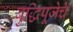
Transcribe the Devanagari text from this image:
बुद्धिपूजेचे